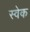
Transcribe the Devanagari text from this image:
स्वेक